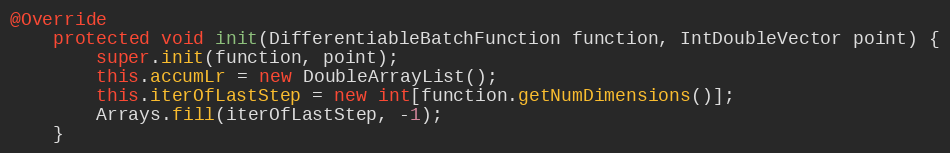
Language: Java
@Override
    protected void init(DifferentiableBatchFunction function, IntDoubleVector point) {
        super.init(function, point);
        this.accumLr = new DoubleArrayList();
        this.iterOfLastStep = new int[function.getNumDimensions()];
        Arrays.fill(iterOfLastStep, -1);
    }